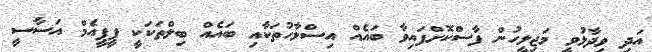
އަދި ވިދާޅުވީ މަޖިލީހުން ފާސްކޮށްފައިވާ ބައެއް އިސްލާހުތަކާއި ބައެއް ބިލްތަކަކީ ޕީޕީއެމް އަސާސީ